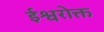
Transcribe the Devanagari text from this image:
ईश्वरोक्त